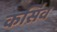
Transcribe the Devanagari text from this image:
कर्सिव